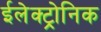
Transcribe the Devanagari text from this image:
ईलेक्ट्रोनिक